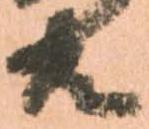
共